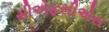
સીએફસીએસ